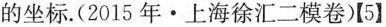
的坐标。(2015年·上海徐汇二模卷)【5】